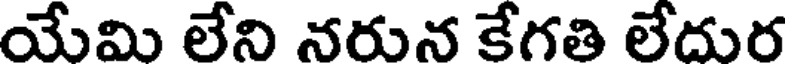
యేమి లేని నరున కేగతి లేదుర